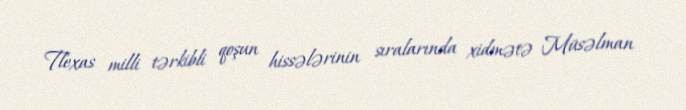
Tlexas milli tərkibli qoşun hissələrinin sıralarında xidmətə Müsəlman